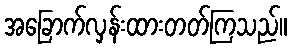
အခြောက်လှန်းထားတတ်ကြသည်။